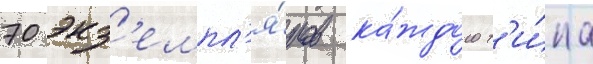
70 экз'емпл'я́ров ка́ждого т'и́па